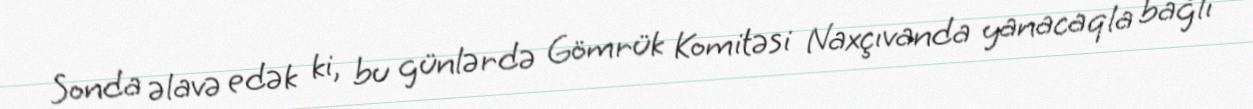
Sonda əlavə edək ki, bu günlərdə Gömrük Komitəsi Naxçıvanda yanacaqla bağlı